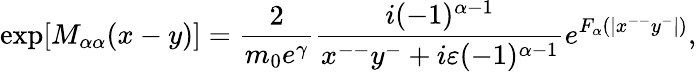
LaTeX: \mathrm{exp}[M_{{\alpha}{\alpha}}(x-y)]=\frac{2}{m_{0}e^{\gamma}}\frac{i(-1)^{{\alpha}-1}}{x^{--}y^{-}+i{\varepsilon}(-1)^{{\alpha}-1}}e^{F_{\alpha}(|x^{--}y^{-}|)},